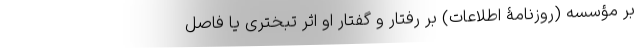
بر مؤسسه (روزنامۀ اطلاعات) بر رفتار و گفتار او اثر تبختری یا فاصل